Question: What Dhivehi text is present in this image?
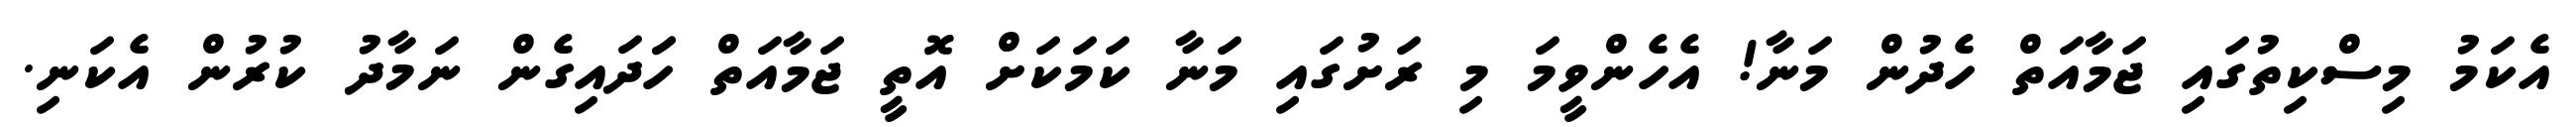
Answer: އެކަމު މިސްކިތުގައި ޖަމާއަތް ހެދުން މަނާ! އެހެންވީމަ މި ރަށުގައި މަނާ ކަމަކަށް އޮތީ ޖަމާއަތް ހަަދައިގެން ނަމާދު ކުރުން އެކަނި.